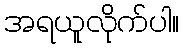
အရယူလိုက်ပါ။